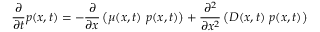
\frac { \partial } { \partial t } p ( x , t ) = - \frac { \partial } { \partial x } \left( \mu ( x , t ) ~ p ( x , t ) \right) + \frac { \partial ^ { 2 } } { \partial x ^ { 2 } } \left( D ( x , t ) ~ p ( x , t ) \right)